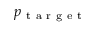
p _ { \mathrm { ~ t ~ a ~ r ~ g ~ e ~ t ~ } }